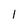
Character: 1